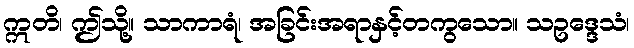
ဣတိ၊ ဤသို့။ သာကာရံ၊ အခြင်းအရာနှင့်တကွသော။ သဥဒ္ဒေသံ၊